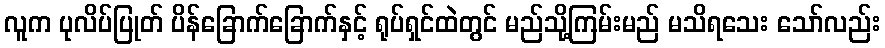
လူက ပုလိပ်ပြုတ် ပိန်ခြောက်ခြောက်နှင့် ရုပ်ရှင်ထဲတွင် မည်သို့ကြမ်းမည် မသိရသေး သော်လည်း